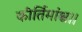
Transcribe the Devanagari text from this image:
कीर्तिमांश्च।।